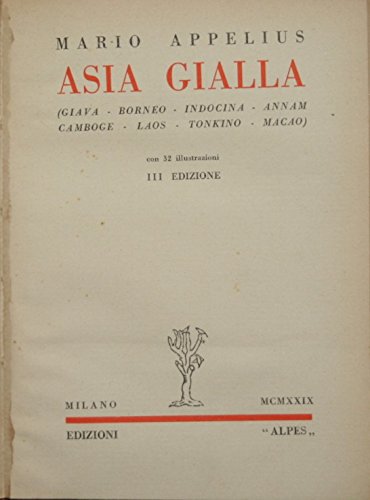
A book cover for Asia gialla : Giava. Borneo. Indocina. Annam. Camboge. Laos. Tonkino. Macao; Appelius Mario; Travel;